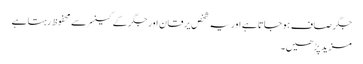
جگر صاف ہوجاتا ہے اور یہ شخص یرقان اور جگر کے کینسر سے محفوظ رہتا ہے
مزید پڑھیں۔